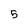
Character: 5